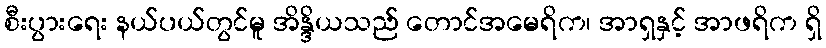
စီးပွားရေး နယ်ပယ်တွင်မူ အိန္ဒိယသည် တောင်အမေရိက၊ အာရှနှင့် အာဖရိက ရှိ